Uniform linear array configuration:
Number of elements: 4
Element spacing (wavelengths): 0.5
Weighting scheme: cosine
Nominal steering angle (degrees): -45
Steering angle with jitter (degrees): -45.1
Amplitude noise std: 0.05
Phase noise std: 0.05

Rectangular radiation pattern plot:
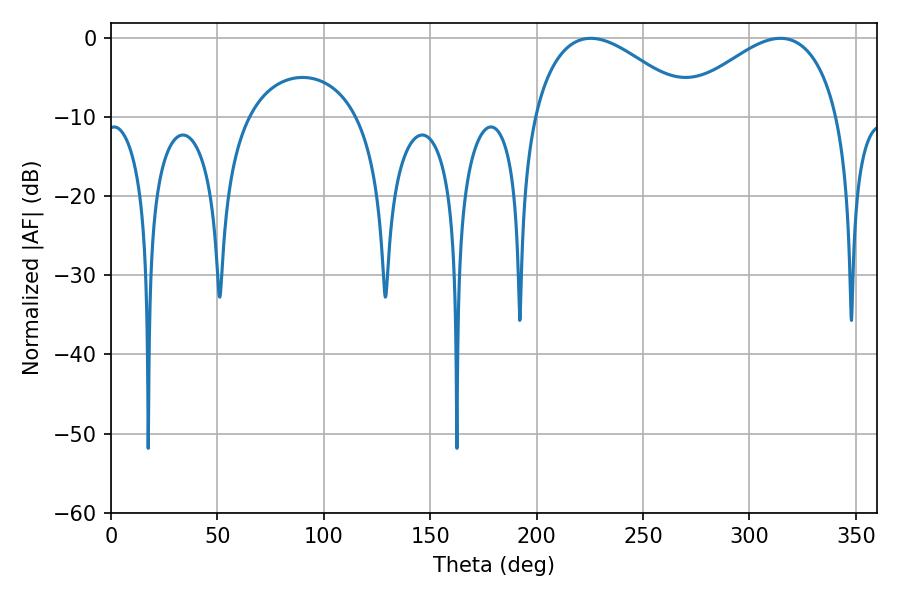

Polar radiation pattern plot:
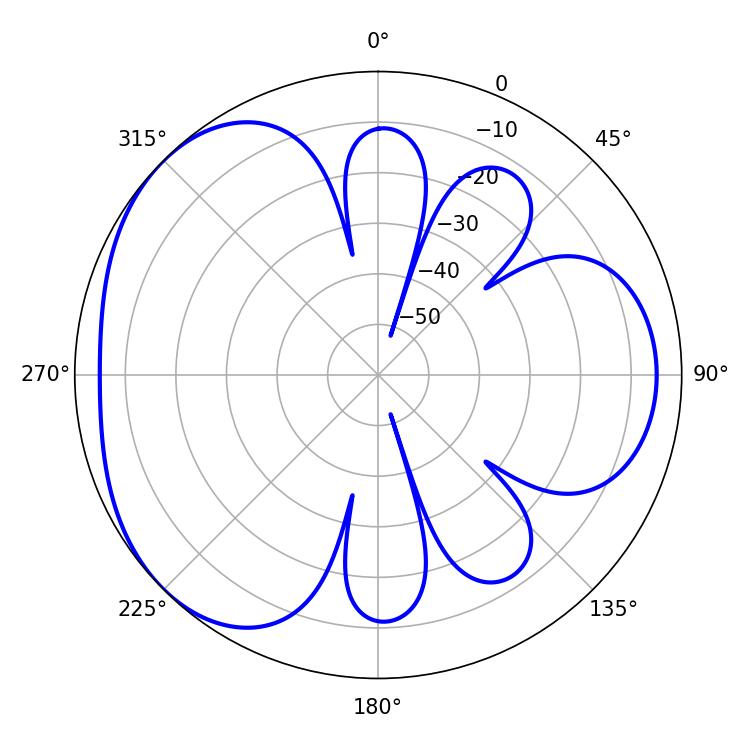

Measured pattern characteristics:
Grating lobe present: FALSE
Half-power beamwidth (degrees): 41.4
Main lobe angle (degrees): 225.36